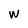
Character: w